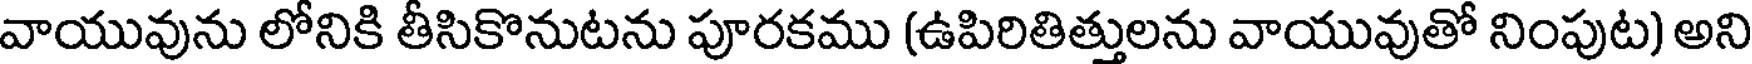
వాయువును లోనికి తీసికొనుటను పూరకము (ఉపిరితిత్తులను వాయువుతో నింపుట) అని